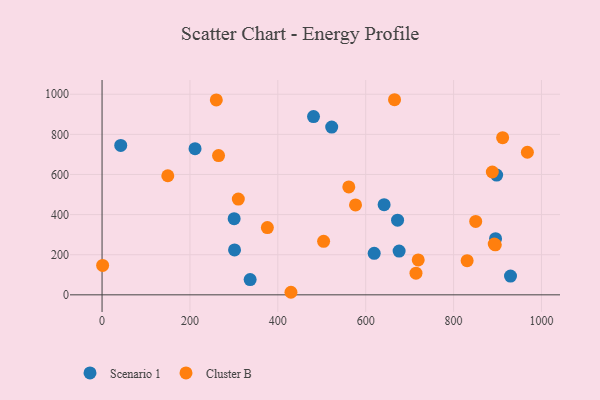
{"axis": {"x": "Ad Spend", "y": "Yield"}, "legend": ["Cluster B", "Scenario 1"], "data": [{"x": "337.0", "y": 75.9, "type": "Scenario 1"}, {"x": "898.0", "y": 596.8, "type": "Scenario 1"}, {"x": "672.5", "y": 372.0, "type": "Scenario 1"}, {"x": "895.5", "y": 280.2, "type": "Scenario 1"}, {"x": "929.5", "y": 93.3, "type": "Scenario 1"}, {"x": "300.6", "y": 379.6, "type": "Scenario 1"}, {"x": "619.3", "y": 207.0, "type": "Scenario 1"}, {"x": "42.5", "y": 744.9, "type": "Scenario 1"}, {"x": "301.5", "y": 223.8, "type": "Scenario 1"}, {"x": "211.6", "y": 728.7, "type": "Scenario 1"}, {"x": "522.6", "y": 836.2, "type": "Scenario 1"}, {"x": "641.9", "y": 449.2, "type": "Scenario 1"}, {"x": "676.0", "y": 217.9, "type": "Scenario 1"}, {"x": "481.2", "y": 888.6, "type": "Scenario 1"}, {"x": "894.9", "y": 249.5, "type": "Cluster B"}, {"x": "714.4", "y": 108.0, "type": "Cluster B"}, {"x": "888.1", "y": 612.2, "type": "Cluster B"}, {"x": "967.9", "y": 710.8, "type": "Cluster B"}, {"x": "911.6", "y": 783.5, "type": "Cluster B"}, {"x": "719.5", "y": 173.8, "type": "Cluster B"}, {"x": "665.6", "y": 972.5, "type": "Cluster B"}, {"x": "504.2", "y": 266.6, "type": "Cluster B"}, {"x": "850.3", "y": 366.0, "type": "Cluster B"}, {"x": "429.9", "y": 12.8, "type": "Cluster B"}, {"x": "310.1", "y": 477.2, "type": "Cluster B"}, {"x": "576.8", "y": 448.1, "type": "Cluster B"}, {"x": "265.1", "y": 693.9, "type": "Cluster B"}, {"x": "830.8", "y": 170.1, "type": "Cluster B"}, {"x": "376.2", "y": 335.5, "type": "Cluster B"}, {"x": "561.5", "y": 537.8, "type": "Cluster B"}, {"x": "1.3", "y": 146.5, "type": "Cluster B"}, {"x": "260.0", "y": 971.4, "type": "Cluster B"}, {"x": "892.5", "y": 253.4, "type": "Cluster B"}, {"x": "149.6", "y": 593.7, "type": "Cluster B"}]}